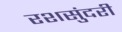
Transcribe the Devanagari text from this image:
रशसुंदरी